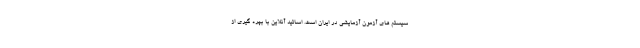
سیستم های آزمون آزمایشی در ایران است. اساتید آنلاین با بهره گیری از